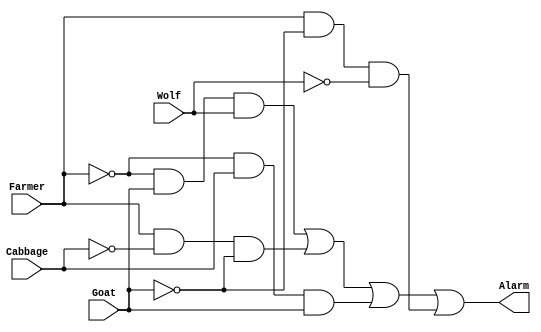
module lab3step3 (Alarm, Farmer, Cabbage, Goat, Wolf);
	input Farmer, Cabbage, Goat, Wolf;
	output Alarm;
	
	assign Alarm=(((~Farmer)&Goat&Wolf)|(Farmer&(~Cabbage)&(~Goat))|((~Farmer)&Cabbage&Goat)|(Farmer&(~Goat)&(~Wolf)));
	
endmodule